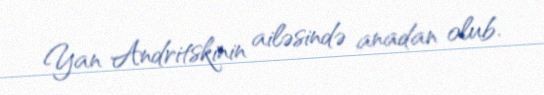
Yan Andritskinin ailəsində anadan olub.